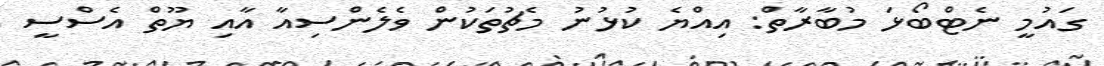
ގައުމީ ނެޓްބޯޅަ މުބާރާތް: އިއްޔެ ކުޅުނު މެޗުތަކުން ވެލެންސިއާ އާއި ޔޫތް އެސްސީ